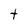
Character: t